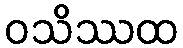
ဝသိဿထ